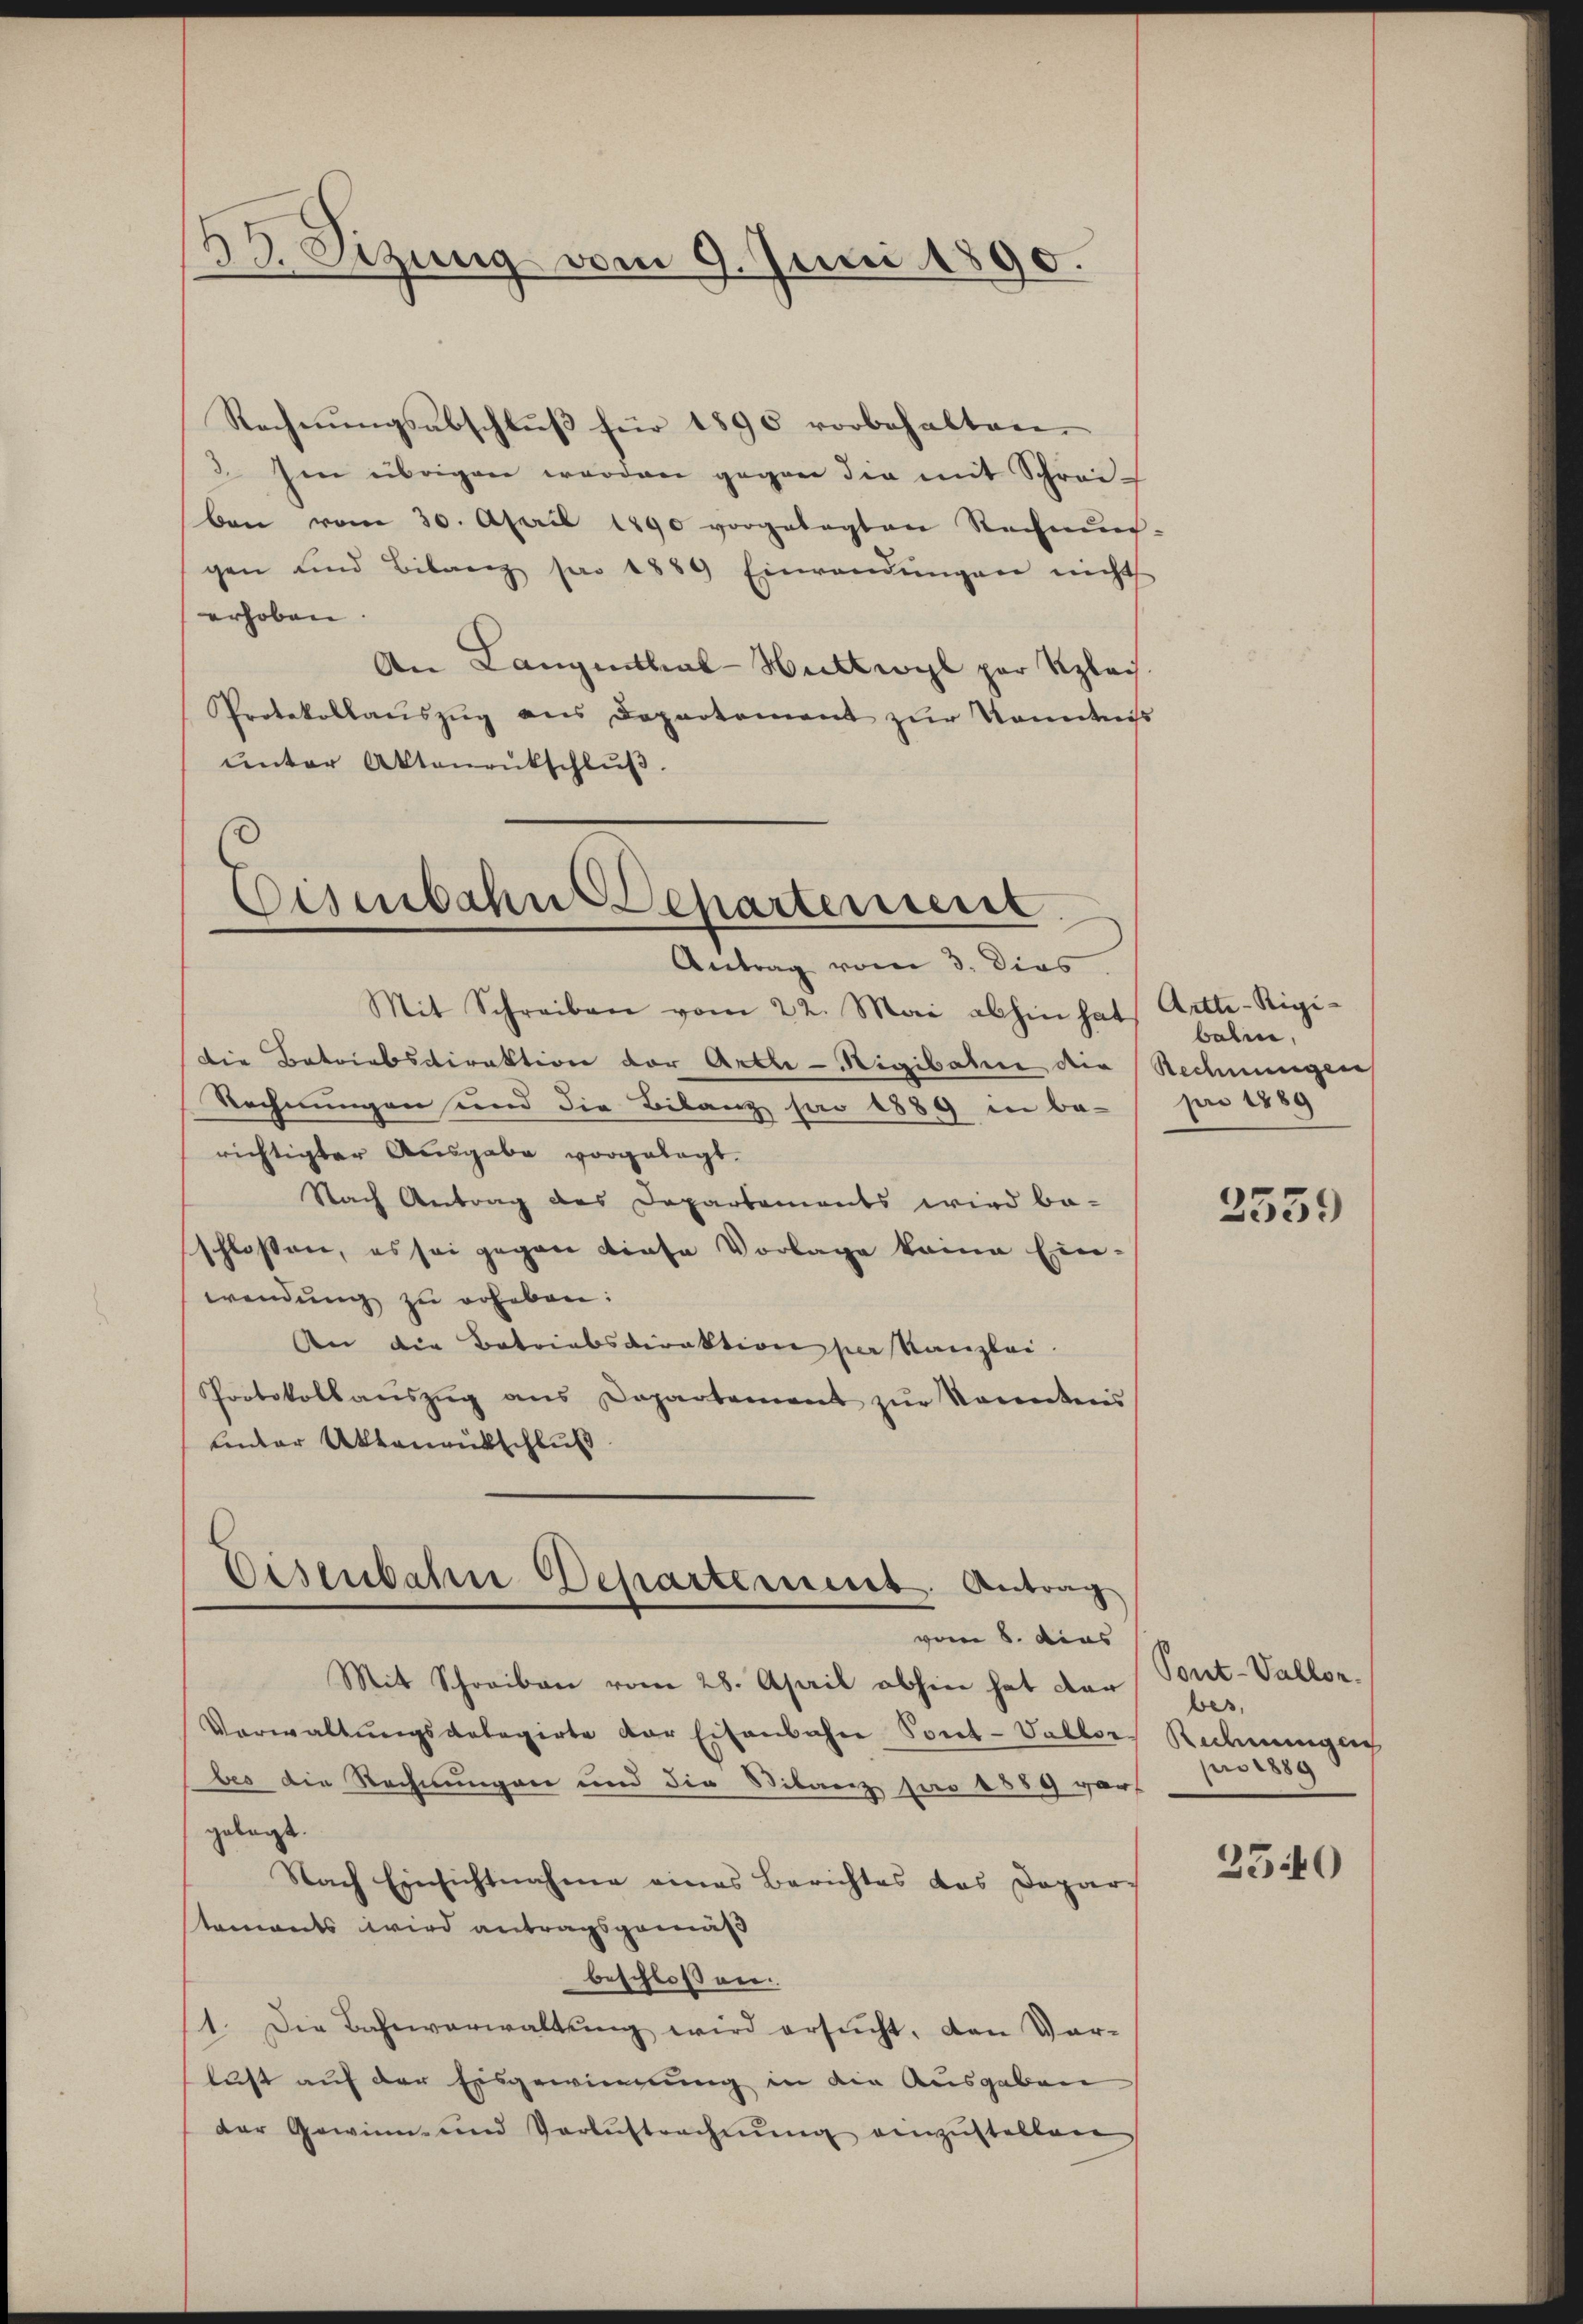
25. Sizung vom 9. Juni 1890.

Rechnŭngsabschlŭβ für 1890 vorbehalten.
3. Im übrigen werden gegen die mit Schrei-
ben vom 30. April 1890 vorgelegten Rechnung-
gen und Bilanz par 1889 Einwendŭngen nicht
erhoben.
An Langenthal-Wattwyl par Klais.
Protokollaŭszŭg ans Departement zŭr Kenntniβ
ŭnter Aktenrutschlŭβ.

Eisenbahn Departement
Antrag vom 3. dies

Mit Schreiben vom 22. Mai abhin hat
Die Betriebsdirektion der Artle-Nigibahne die Rechnungen
Rechnungen und die Bilanz par 1889 in be-pi 1889
richtigter Ausgabe vorgelegt.
Nach Antrag des Departements wird be-
schlossen, es sei gegen diese Vorlage keine Ein-
wendung zu erheben:
An die Betriebsdirektion per Kanzlei.
Protokollaŭszŭg ans Departement zŭr Sonntens
lender Aktenrütschluß

Eisenbahn Departement. Antrag
vom 8. dies

Artte-Rigi-
balen,

Mit Schreiben vom 28. April abhin hat der
Verwaltŭngsgelegirte der Eisenbahn Pont-Vallor
bes die Rechnungen und die Sibanz pro 1889 vor
gelegt.
Nach Einsichtnahme eines Berichtes das Dapars
taments wird antragsgemäß
beschloßen.
1. Die Bahnverwaltŭng wird ersŭcht, den Var-
lust auf der Eisgewinnung in die Ausgaben
der Gewinn- und Verlustrechnŭng einzŭstellen

2559

Pont-Vallor.
wes,
Redmungen
pro 1889

2540